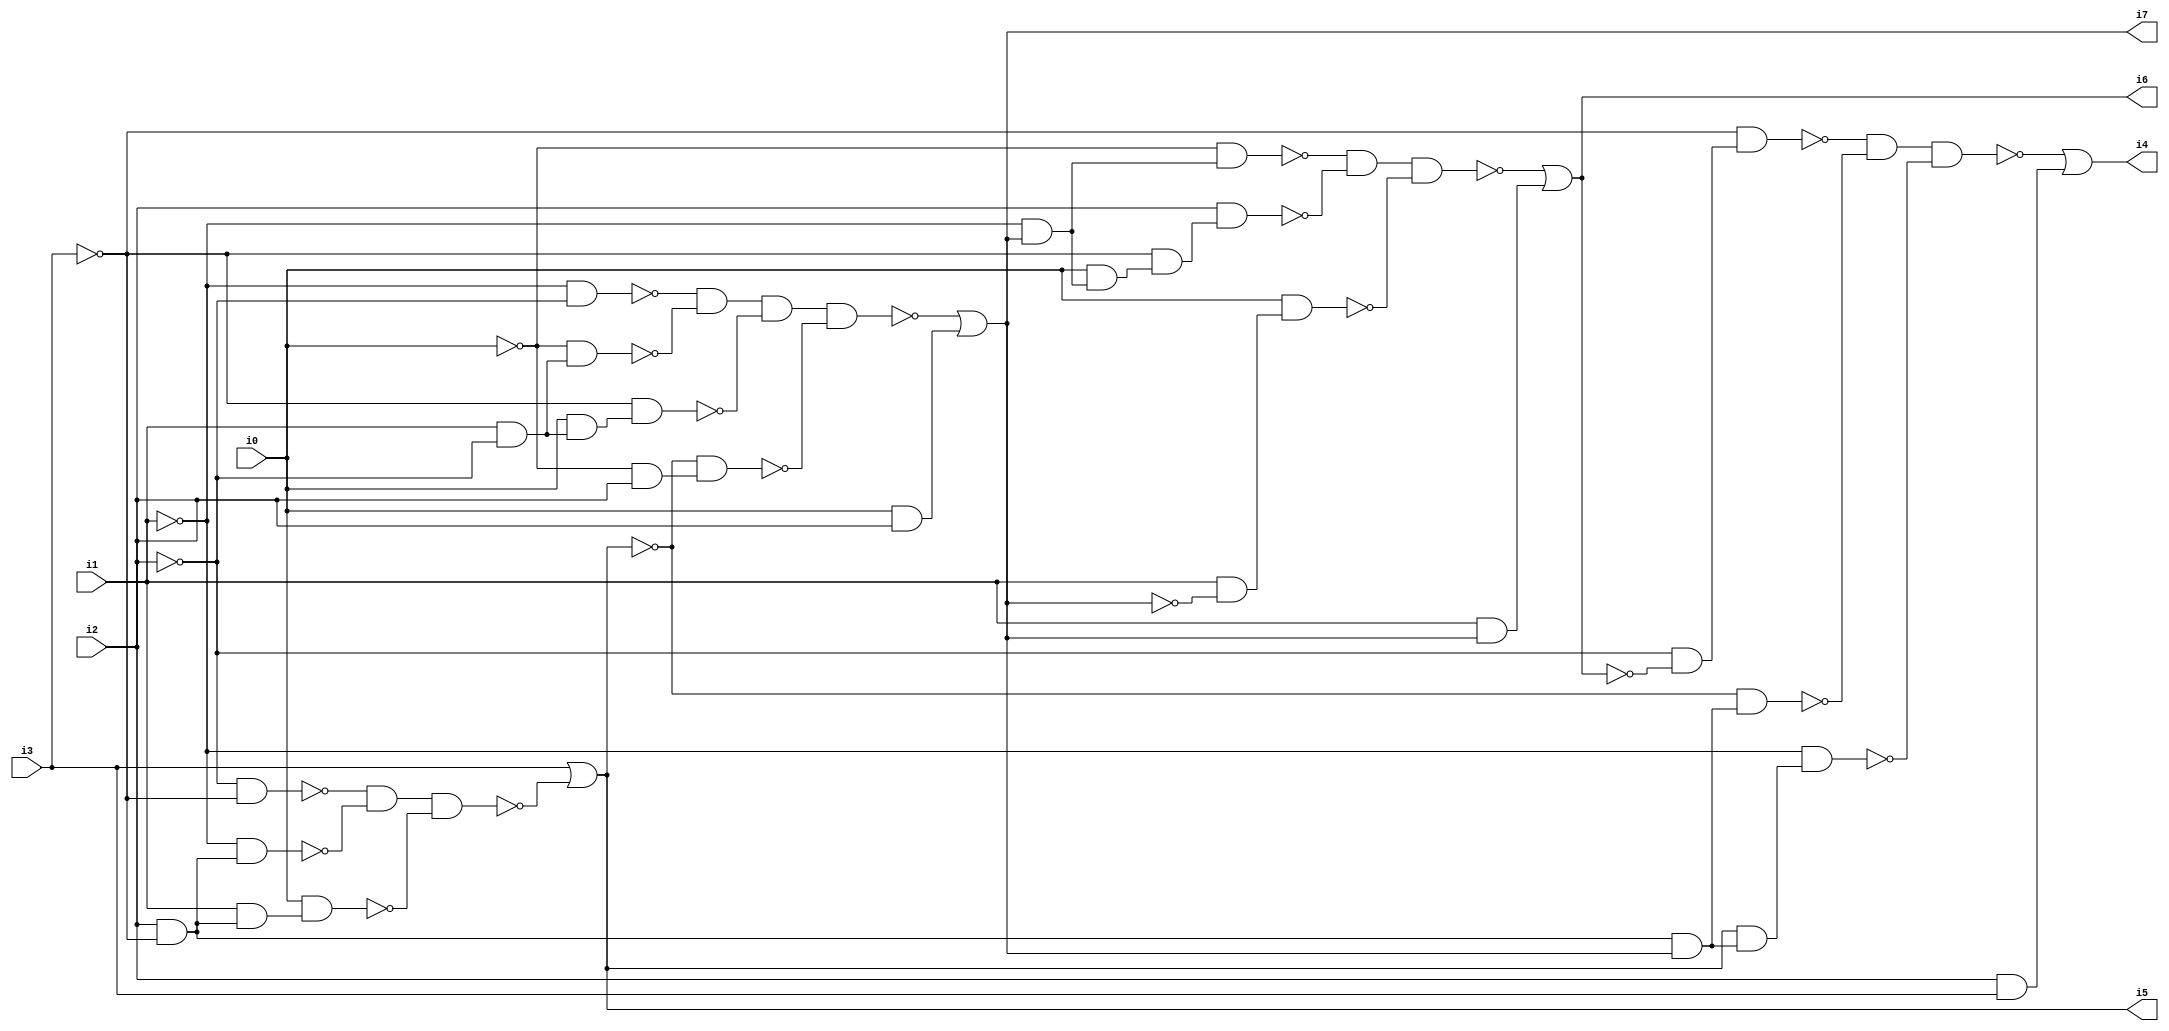
// Benchmark "SKOLEMFORMULA" written by ABC on Mon May  4 05:26:29 2020

module SKOLEMFORMULA ( 
    i0, i1, i2, i3,
    i4, i5, i6, i7  );
  input  i0, i1, i2, i3;
  output i4, i5, i6, i7;
  wire n9, n10, n11, n12, n13, n14, n15, n17, n18, n19, n20, n21, n22, n23,
    n24, n25, n26, n27, n29, n30, n31, n32, n33, n34, n35, n36, n37, n38,
    n40, n41, n42, n43, n44, n45, n46, n47, n48;
  assign n9 = ~i2 & ~i3;
  assign n10 = i2 & ~i3;
  assign n11 = ~i1 & n10;
  assign n12 = ~n9 & ~n11;
  assign n13 = i1 & n10;
  assign n14 = i0 & n13;
  assign n15 = n12 & ~n14;
  assign i5 = i3 | ~n15;
  assign n17 = ~i1 & ~i2;
  assign n18 = i1 & ~i2;
  assign n19 = ~i0 & n18;
  assign n20 = ~n17 & ~n19;
  assign n21 = i0 & n18;
  assign n22 = ~i3 & n21;
  assign n23 = n20 & ~n22;
  assign n24 = ~i0 & i2;
  assign n25 = ~i5 & n24;
  assign n26 = n23 & ~n25;
  assign n27 = i0 & i2;
  assign i7 = ~n26 | n27;
  assign n29 = ~i1 & i7;
  assign n30 = ~i0 & n29;
  assign n31 = i0 & n29;
  assign n32 = ~i3 & n31;
  assign n33 = i2 & n32;
  assign n34 = ~n30 & ~n33;
  assign n35 = i1 & ~i7;
  assign n36 = i0 & n35;
  assign n37 = n34 & ~n36;
  assign n38 = i1 & i7;
  assign i6 = ~n37 | n38;
  assign n40 = ~i2 & ~i6;
  assign n41 = ~i3 & n40;
  assign n42 = n10 & i7;
  assign n43 = ~i5 & n42;
  assign n44 = ~n41 & ~n43;
  assign n45 = i5 & n42;
  assign n46 = ~i1 & n45;
  assign n47 = n44 & ~n46;
  assign n48 = i2 & i3;
  assign i4 = ~n47 | n48;
endmodule